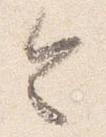
令